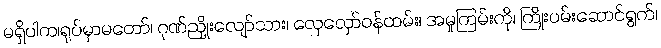
မရှိပါက၊ရုပ်မှာမတော်၊ ဂုဏ်ညှိုးလျော်သား၊ လှေလှော်ဝန်ထမ်း၊ အမှုကြမ်းကို၊ ကြိုးပမ်းဆောင်ရွက်၊